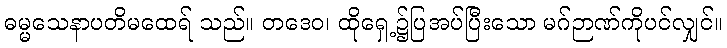
ဓမ္မသေနာပတိမထေရ် သည်။ တဒေဝ၊ ထိုရှေ့၌ပြအပ်ပြီးသော မဂ်ဉာဏ်ကိုပင်လျှင်။